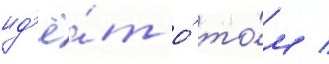
ид'ё́т о́ то́м /